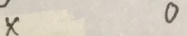
x 0